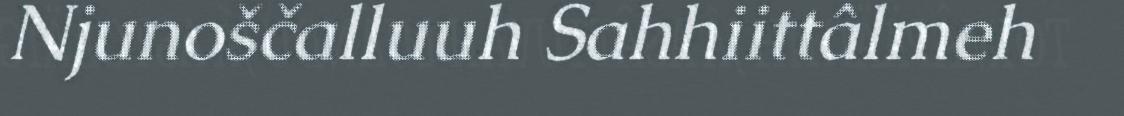
Njunoščalluuh Sahhiittâlmeh